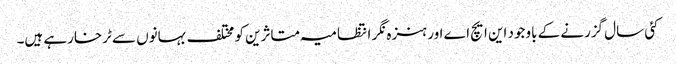
کئی سال گزرنے کے باوجود این ایچ اے اور ہنزہ نگر انتظامیہ متاثرین کو مختلف بہانوں سے ٹرخارہے ہیں۔